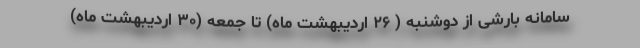
سامانه بارشی از دوشنبه ( ۲۶ اردیبهشت ماه) تا جمعه (۳۰ اردیبهشت ماه)